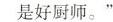
是好厨师。”